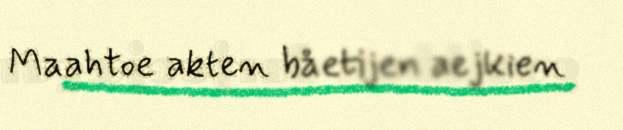
Maahtoe akten båetijen aejkien